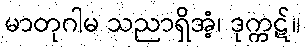
မာတုဂါမ သညာရှိအံ့၊ ဒုက္ကဋ်။